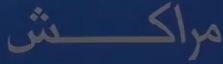
مراكش